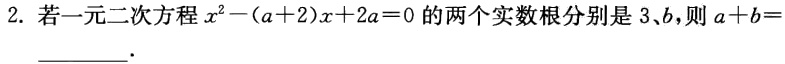
2. 若一元二次方程\(x^{2}-(a + 2)x + 2a = 0\)的两个实数根分别是\(3、b\)，则\(a + b=\)

  ．